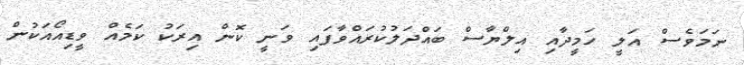
ނަމަވެސް އަލީ ހަމީދާއި އިލްޔާސް ބައްދަލުކުރައްވާފައި ވަނީ ކޮން އިރަކު ކަމެއް ވީޑިއޯއަކުން